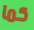
كما